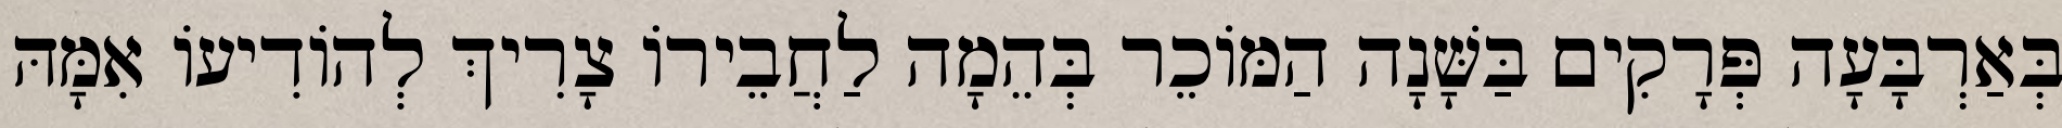
בְּאַרְבָּעָה פְּרָקִים בַּשָּׁנָה הַמּוֹכֵר בְּהֵמָה לַחֲבֵירוֹ צָרִיךְ לְהוֹדִיעוֹ אִמָּהּ